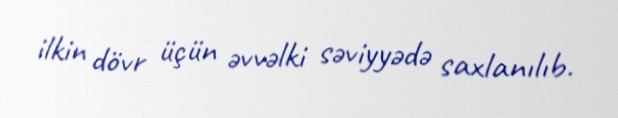
ilkin dövr üçün əvvəlki səviyyədə saxlanılıb.